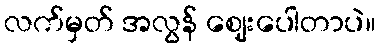
လက်မှတ် အလွန် ဈေးပေါတာပဲ။